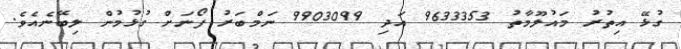
ގުޅޭ އިތުރު މައުލޫމާތު 9633353 އަދި 9903099 ނަމްބަރު ފޯނަށް ގުޅުމުން ލިބޭނެއެވެ.